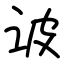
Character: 诐